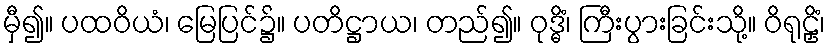
မှီ၍။ ပထဝိယံ၊ မြေပြင်၌။ ပတိဋ္ဌာယ၊ တည်၍။ ဝုဒ္ဓိံ၊ ကြီးပွားခြင်းသို့။ ဝိရုဠှိံ၊